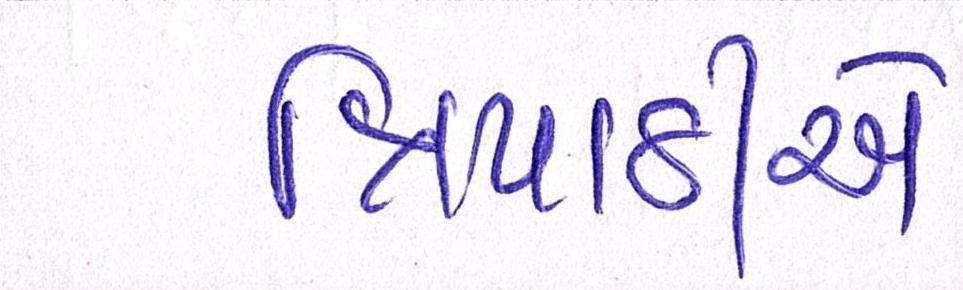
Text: ત્રિપાઠીએ